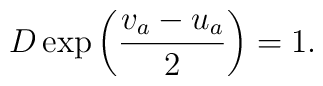
D\exp\left(\frac{v_{a}-u_{a}}{2}\right) = 1.